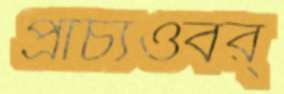
প্রাচ্যওবর্